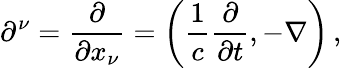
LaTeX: \partial^{\nu}={\frac{\partial}{\partial x_{\nu}}}=\left({\frac{1}{c}}{\frac{\partial}{\partial t}},-\mathbf{\nabla}\right)\, ,